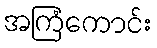
အကြံကောင်း